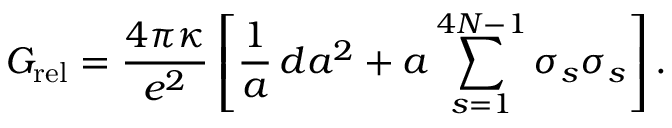
{ \cal G } _ { \mathrm { r e l } } = \frac { 4 \pi \kappa } { e ^ { 2 } } \left[ \frac { 1 } { a } \, d a ^ { 2 } + a \sum _ { s = 1 } ^ { 4 N - 1 } \sigma _ { s } \sigma _ { s } \right] .